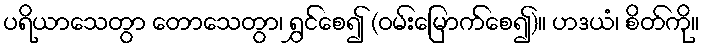
ပရိယာသေတွာ တောသေတွာ၊ ရွှင်စေ၍ (ဝမ်းမြောက်စေ၍)။ ဟဒယံ၊ စိတ်ကို။